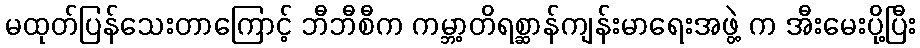
မထုတ်ပြန်သေးတာကြောင့် ဘီဘီစီက ကမ္ဘာ့တိရစ္ဆာန်ကျန်းမာရေးအဖွဲ့ က အီးမေးပို့ပြီး